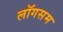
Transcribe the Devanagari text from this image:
लॉगसम